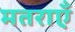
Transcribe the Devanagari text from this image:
मतराएँ